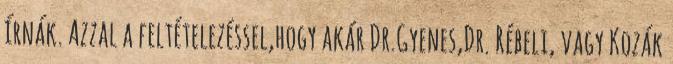
írnák. Azzal a feltételezéssel,hogy akár Dr.Gyenes,Dr. Rébeli, vagy Kozák